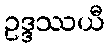
ဥဒ္ဒဿယီ